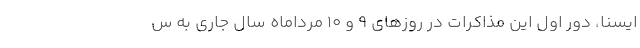
ایسنا، دور اول این مذاکرات در روزهای ۹ و ۱۰ مرداماه سال جاری به س